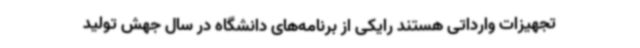
تجهیزات وارداتی هستند رایکی از برنامه‌های دانشگاه در سال جهش تولید